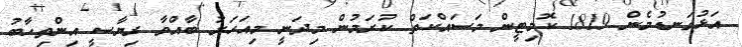
އަޅުގަނޑުމެން 1819 ކޮމިޓީން މަސައްކަތް ކުރަމުން މިދަނީ މިއަހަރު ބާއްވާ ރިޔާސީ އިންތިހާބު